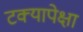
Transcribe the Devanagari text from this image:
टक्यापेक्षा